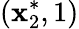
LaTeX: (\mathbf{x}_{2}^{*},1)